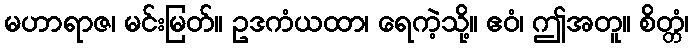
မဟာရာဇ၊ မင်းမြတ်။ ဥဒကံယထာ၊ ရေကဲ့သို့။ ဧဝံ၊ ဤအတူ။ စိတ္တံ၊